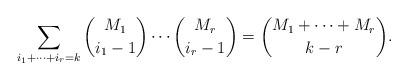
LaTeX: \begin{align*} \sum_{i_1 + \cdots + i_r = k} \binom{M_1}{i_1 - 1} \cdots \binom{M_r}{i_r - 1} = \binom{M_1 + \cdots + M_r}{k - r}.\end{align*}